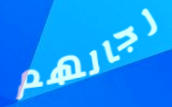
رجالهم